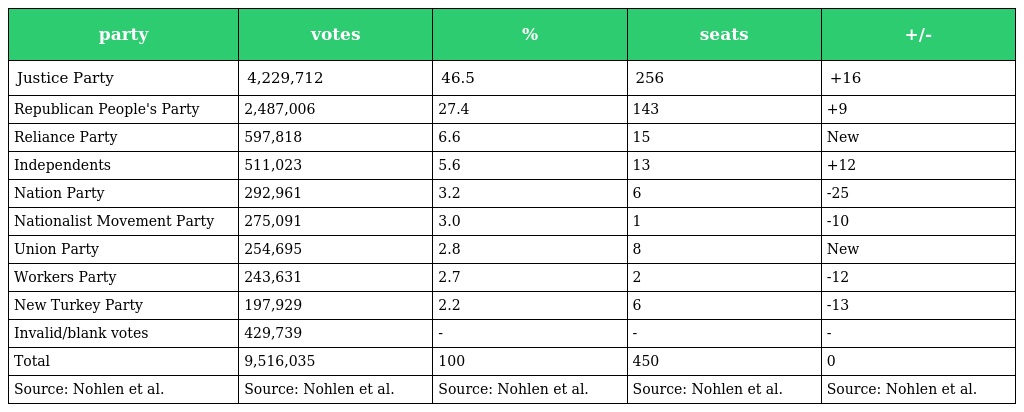
| party | votes | % | seats | +/- |
 | --- | --- | --- | --- | --- |
 | Justice Party | 4,229,712 | 46.5 | 256 | +16 |
 | Republican People's Party | 2,487,006 | 27.4 | 143 | +9 |
 | Reliance Party | 597,818 | 6.6 | 15 | New |
 | Independents | 511,023 | 5.6 | 13 | +12 |
 | Nation Party | 292,961 | 3.2 | 6 | -25 |
 | Nationalist Movement Party | 275,091 | 3.0 | 1 | -10 |
 | Union Party | 254,695 | 2.8 | 8 | New |
 | Workers Party | 243,631 | 2.7 | 2 | -12 |
 | New Turkey Party | 197,929 | 2.2 | 6 | -13 |
 | Invalid/blank votes | 429,739 | - | - | - |
 | Total | 9,516,035 | 100 | 450 | 0 |
 | Source: Nohlen et al. | Source: Nohlen et al. | Source: Nohlen et al. | Source: Nohlen et al. | Source: Nohlen et al. |